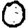
Digit: 0